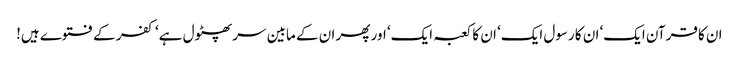
ان کا قرآن ایک‘ ان کا رسول ایک‘ ان کا کعبہ ایک‘ اور پھر ان کے مابین سر پھٹول ہے‘ کفر کے فتوے ہیں!